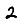
Digit: 2